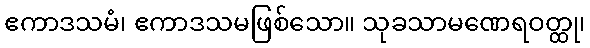
ဧကာဒသမံ၊ ဧကာဒသမဖြစ်သော။ သုခသာမဏေရဝတ္ထု၊